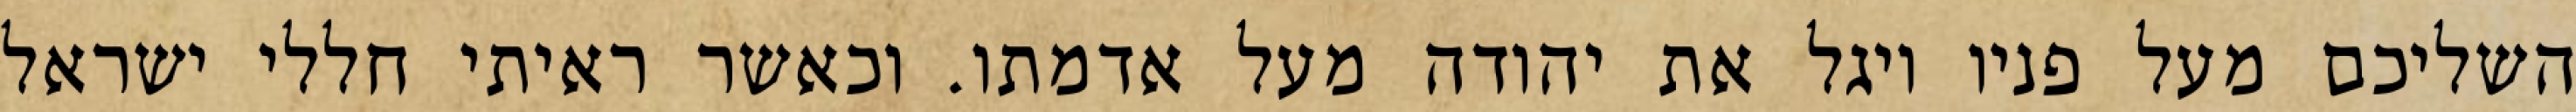
השליכם מעל פניו ויגל את יהודה מעל אדמתו. וכאשר ראיתי חללי ישראל